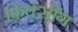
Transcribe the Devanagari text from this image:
फ़िक्सींग